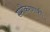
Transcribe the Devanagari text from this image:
समीकरणाशी